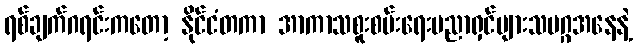
ရစ်ချက်ဂရင်းကတော့ နိုင်ငံတကာ အာကာသစူးစမ်းရေးပညာရှင်များသမဂ္ဂအနေနဲ့